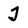
Character: J